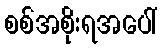
စစ်အစိုးရအပေါ်